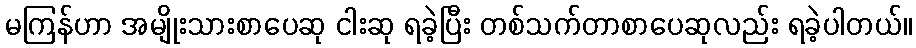
မကြန်ဟာ အမျိုးသားစာပေဆု ငါးဆု ရခဲ့ပြီး တစ်သက်တာစာပေဆုလည်း ရခဲ့ပါတယ်။